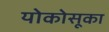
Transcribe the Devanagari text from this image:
योकोसूका